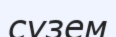
сүзем